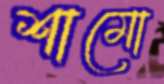
শামো